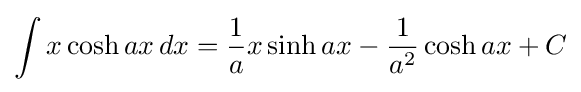
\int x\cosh ax\,dx={\frac {1}{a}}x\sinh ax-{\frac {1}{a^{2}}}\cosh ax+C